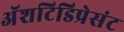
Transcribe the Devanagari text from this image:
अॅशटिडिप्रेसंट